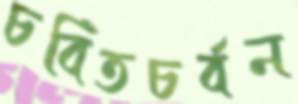
চর্বিতচর্বন